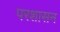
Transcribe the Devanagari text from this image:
परशासन